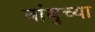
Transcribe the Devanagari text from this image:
बांबुच्या